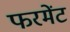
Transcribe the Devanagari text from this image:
फरमेंट